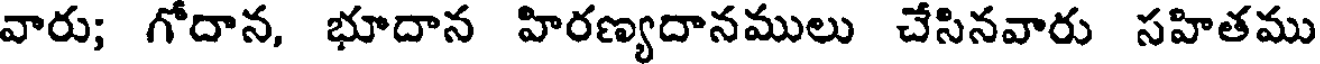
వారు; గోదాన, భూదాన హిరణ్యదానములు చేసినవారు సహితము